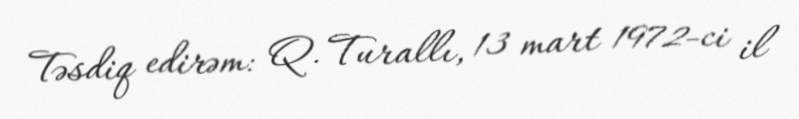
Təsdiq edirəm: Q. Turallı, 13 mart 1972-ci il